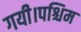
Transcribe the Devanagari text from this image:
गयी।पश्चिम